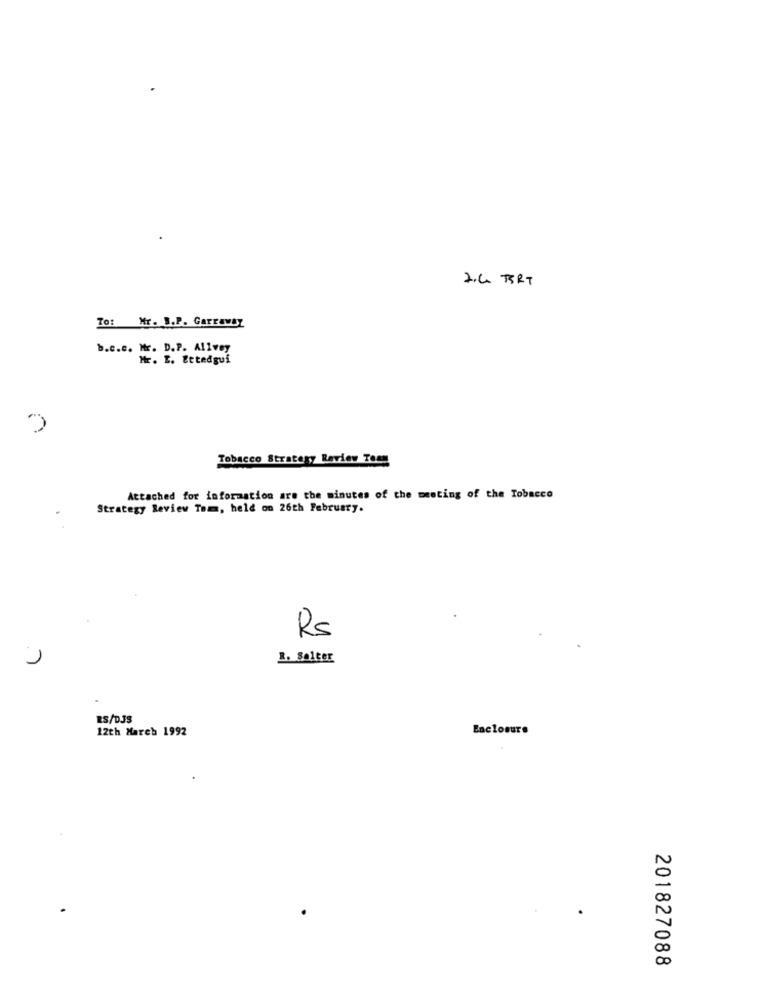
2.4 BRT
To: Mr. B.P. Garraway
b.c.c. Mr. D.P. Allvey
Mr. I. Ettedgui
Tobacco Strategy Review Toas
Attached for information are the minutes of the meeting of the Tobacco
Strategy Review Tom, held on 26th February.
Rs
RS/DJS
12th March 1992
Enclosure
N
00
201827088